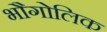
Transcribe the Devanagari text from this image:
भौगोलिक